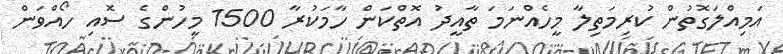
އަމިއްލަގޮތުން ކުރިމަތިލާ މީހެއްނަމަ ތާއީދު އޮތްކަން ހާމަކުރާ 1500 މީހުންގެ ސޮއި ހޯއްވަން